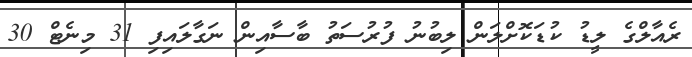
ރެއާލްގެ ލީޑު ކުޑަކޮށްލަން ލިބުނު ފުރުސަތު ބާސާއިން ނަގާލައިފި 31 މިނެޓް 30